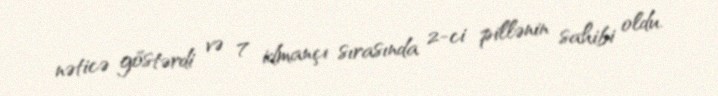
nəticə göstərdi və 7 idmançı sırasında 2-ci pillənin sahibi oldu.